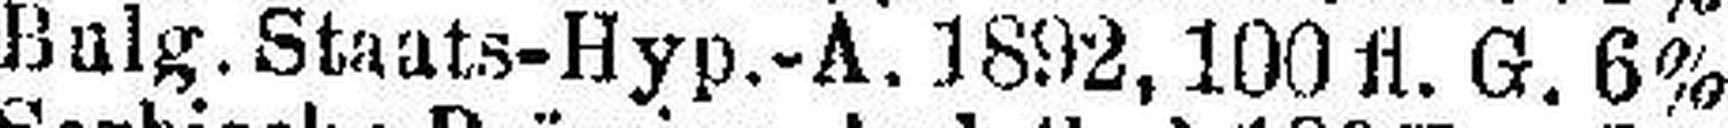
Bulgar.Staats-Hyp.-A. 1892,100 fl. G. 6%